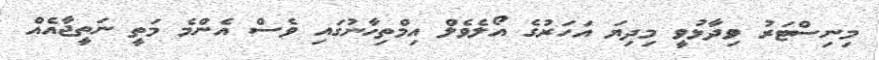
މިނިސްޓަރު ވިދާޅުވީ މިދިޔަ އަހަރުގެ އޯލެވެލް އިމްތިހާނުގައި ވެސް އެންމެ މަތީ ނަތީޖާއެއް